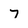
Character: 7